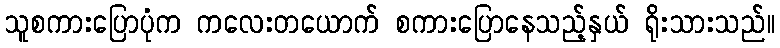
သူစကားပြောပုံက ကလေးတယောက် စကားပြောနေသည့်နှယ် ရိုးသားသည်။